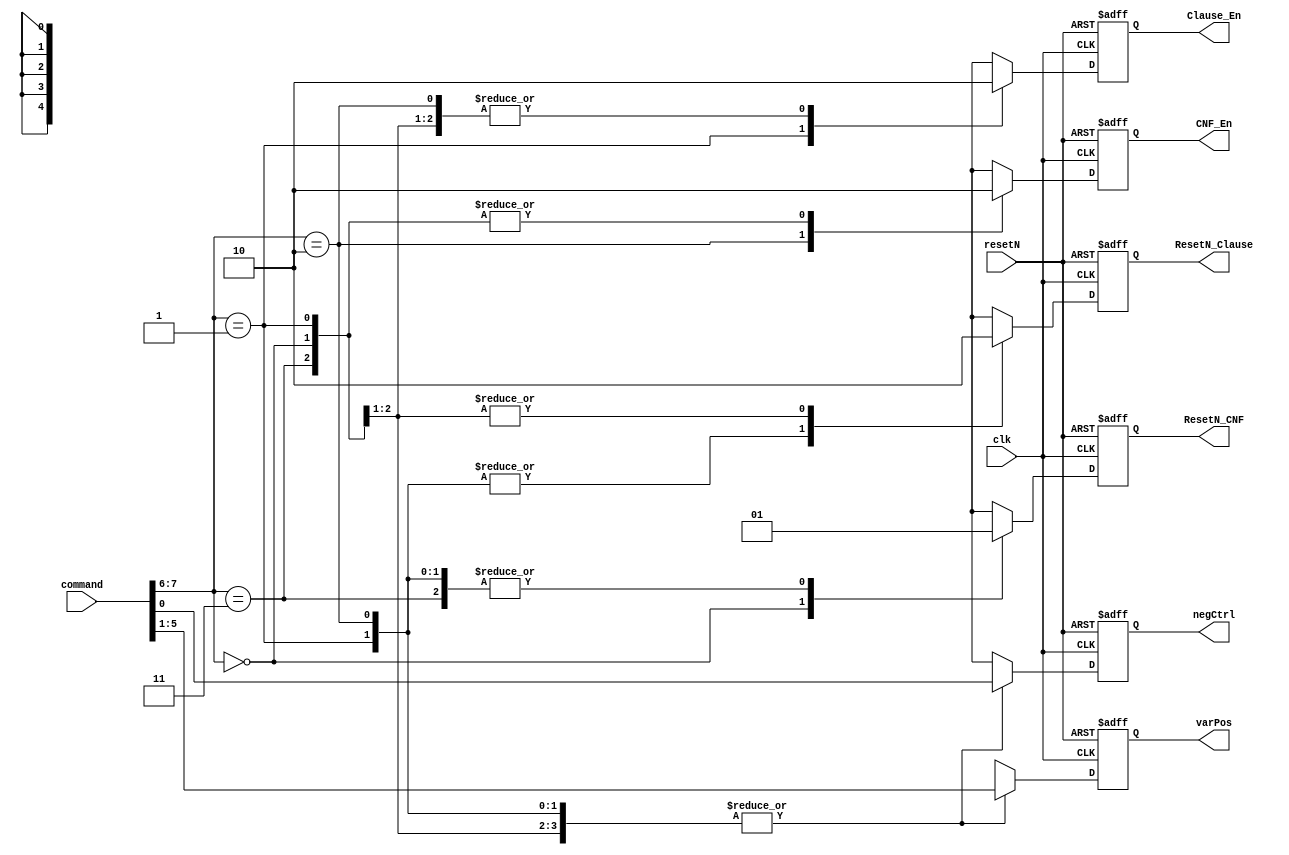
module SAT_synchronizer (
  output reg ResetN_Clause,
  output reg ResetN_CNF,
  output reg Clause_En,
  output reg CNF_En,
  output reg [4:0] varPos,
  output reg negCtrl,
  input wire clk,
  input wire resetN,
  input wire [7:0] command
);
  

  // state bits
  parameter 
  RESET_SAT          = 2'b00,  // Reset State
  COMPUTE_CLAUSE = 2'b01,  // Compute Clause (OR operations)
  COMPUTE_CNF    = 2'b10,  // Compute CNF (AND operation) and reset clause for next op.
  RESET_CLAUSE     = 2'b11;    // End of current CNF Computation

  wire [1:0] state = command[7:6];
  
  always @(posedge clk or negedge resetN) begin
  if(~resetN) begin
        ResetN_Clause <= 1'b0;
        ResetN_CNF <= 1'b0;
        Clause_En <= 1'b0;
        CNF_En <= 1'b0;
        varPos <= 5'b00000;
        negCtrl <= 1'b0;
  end
  else begin
		    
  case (state)
      RESET_SAT         : 
	  begin
        ResetN_Clause <= 1'b0;
        ResetN_CNF <= 1'b0;
        Clause_En <= 1'b0;
        CNF_En <= 1'b0;
        varPos <= command[5:1];
        negCtrl <= command[0];
		end
      COMPUTE_CLAUSE:
	  begin
        ResetN_Clause <= 1'b1;
        ResetN_CNF <= 1'b1;
        Clause_En <= 1'b1;
        CNF_En <= 1'b0;
        varPos <= command[5:1];
        negCtrl <= command[0];
		end
      COMPUTE_CNF:
	  begin
        ResetN_Clause <= 1'b1;
        ResetN_CNF <= 1'b1;
        Clause_En <= 1'b0;
        CNF_En <= 1'b1;
        varPos <= command[5:1];
        negCtrl <= command[0];
		end
      RESET_CLAUSE    :
	  begin
        ResetN_Clause <= 1'b0;
        ResetN_CNF <= 1'b1;
        Clause_En <= 1'b0;
        CNF_En <= 1'b0;
        varPos <= command[5:1];
        negCtrl <= command[0];
		end
      default       :
	  begin
        ResetN_Clause <= 1'b0;
        ResetN_CNF <= 1'b0;
        Clause_En <= 1'b0;
        CNF_En <= 1'b0;
        varPos <= 5'b00000;
        negCtrl <= 1'b0;
		end
    endcase

  end
  end
  
// This code allows you to see state names in simulation
//`ifndef SYNTHESIS
//reg [111:0] statename;
//always @* begin
//  case (state)
//      RESET         :
//        statename = "RESET";
//      COMPUTE_CLAUSE:
//        statename = "COMPUTE_CLAUSE";
//      COMPUTE_CNF   :
//        statename = "COMPUTE_CNF";
//      END_COMPUTE    :
//        statename = "END_COMPUTE";
//      default       :
//       statename = "XXXXXXXXXXXXXX";
//   endcase
//end
//`endif

endmodule